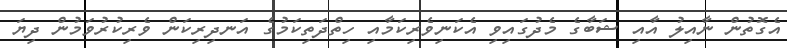
އެގޮތުން ނާއިލު އާއި ޝަބާގެ މެދުގައިވި އެކަނިވެރިކަމާއި ހިތްދަތިކަމުގެ އަނދިރިކަން ވެރިކުރުވަމުން ދިޔަ